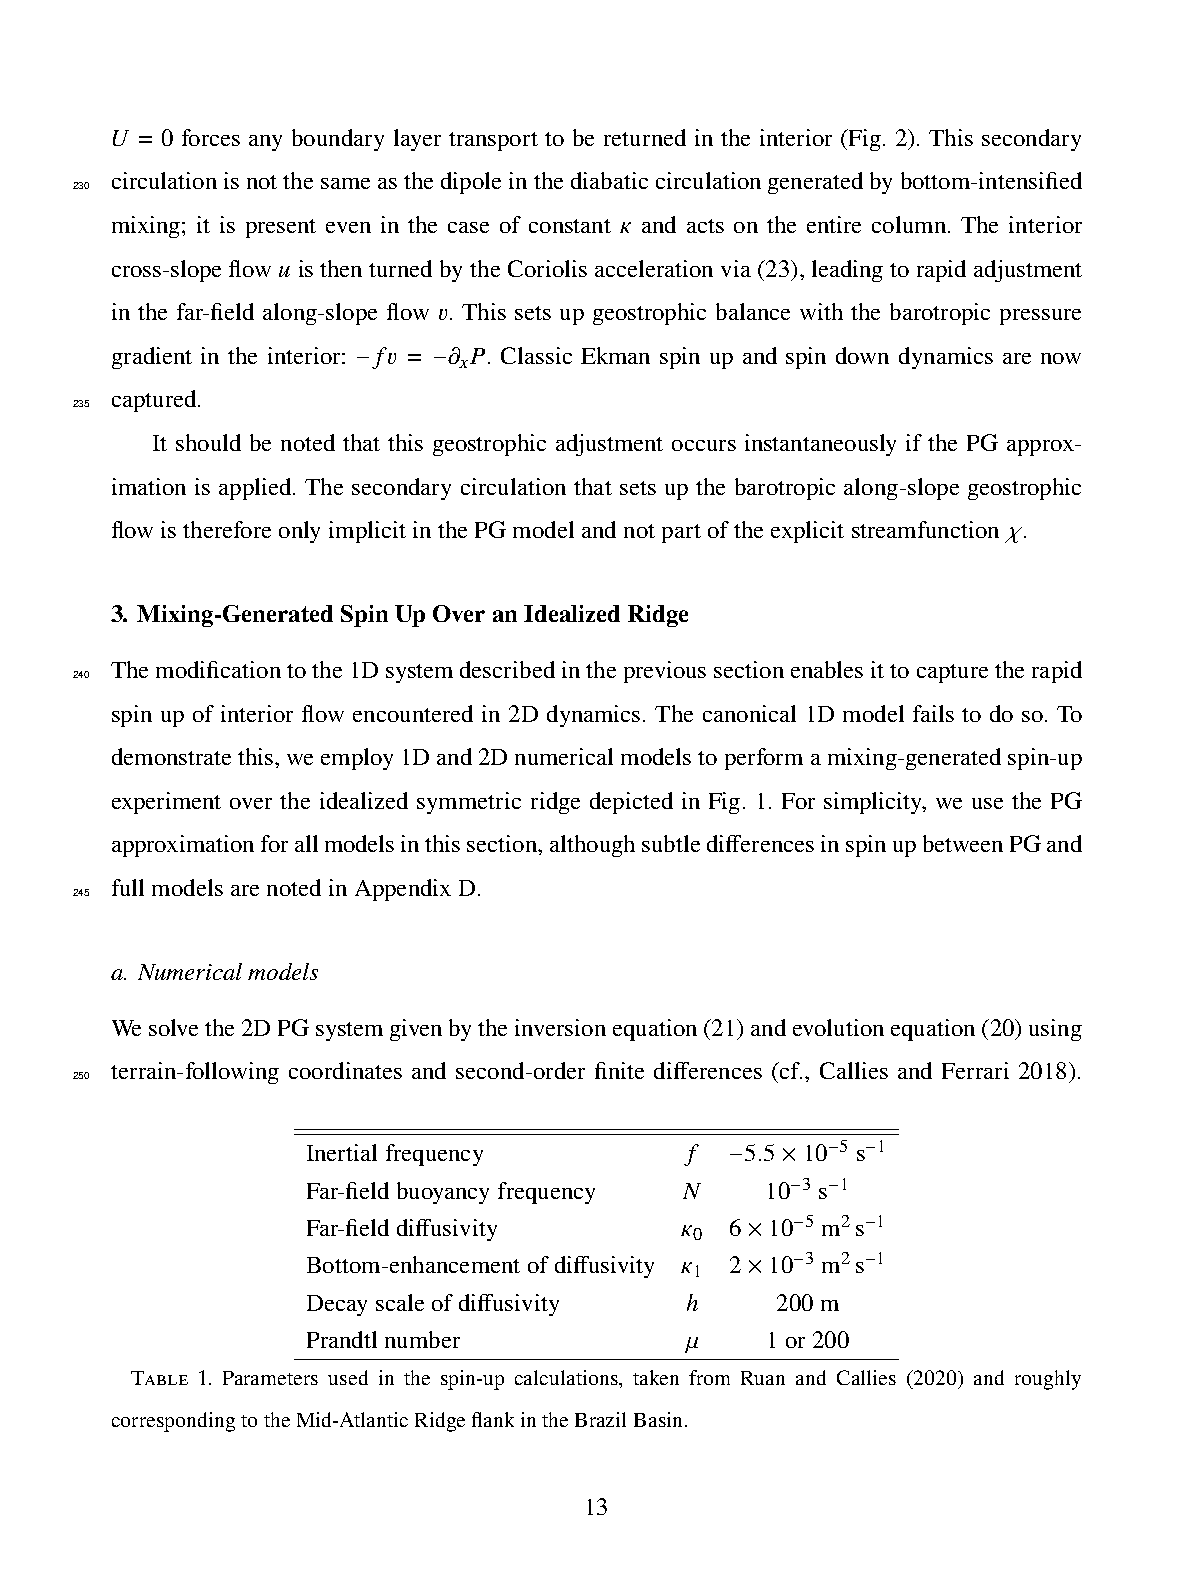
𝑈 = 0 forces any boundary layer transport to be returned in the interior (Fig. 2). This secondary
 circulationisnotthesameasthedipoleinthediabaticcirculationgeneratedbybottom-intensified
 230
 mixing; it is present even in the case of constant 𝜅 and acts on the entire column. The interior
 cross-slopeflow𝑢 isthenturnedbytheCoriolisaccelerationvia(23),leadingtorapidadjustment
 in the far-field along-slope flow 𝑣. This sets up geostrophic balance with the barotropic pressure
 gradient in the interior: 𝑓𝑣 = 𝜕 𝑃. Classic Ekman spin up and spin down dynamics are now
 𝑥
 −    −
 captured.
 235
 It should be noted that this geostrophic adjustment occurs instantaneously if the PG approx-
 imation is applied. The secondary circulation that sets up the barotropic along-slope geostrophic
 flowisthereforeonlyimplicitinthePGmodelandnotpartoftheexplicitstreamfunction 𝜒.
 3. Mixing-GeneratedSpinUpOveranIdealizedRidge
 Themodificationtothe1Dsystemdescribedintheprevioussectionenablesittocapturetherapid
 240
 spin up of interior flow encountered in 2D dynamics. The canonical 1D model fails to do so. To
 demonstratethis,weemploy1Dand2Dnumericalmodelstoperformamixing-generatedspin-up
 experiment over the idealized symmetric ridge depicted in Fig. 1. For simplicity, we use the PG
 approximationforallmodelsinthissection,althoughsubtledifferencesinspinupbetweenPGand
 fullmodelsarenotedinAppendixD.
 245
 a. Numericalmodels
 Wesolvethe2DPGsystemgivenbytheinversionequation(21)andevolutionequation(20)using
 terrain-following coordinates and second-order finite differences (cf., Callies and Ferrari 2018).
 250
 Inertialfrequency         𝑓  5.5 10 5 s 1
 − −
 −   ×
 Far-fieldbuoyancyfrequency 𝑁   10 3 s 1
 −  −
 Far-fielddiffusivity     𝜅  6  10 5 m2s 1
 0     −    −
 ×
 Bottom-enhancementofdiffusivity 𝜅 2 10 3 m2s 1
 1     −    −
 ×
 Decayscaleofdiffusivity  ℎ     200m
 Prandtlnumber            𝜇     1or200
 Table 1. Parameters used in the spin-up calculations, taken from Ruan and Callies (2020) and roughly
 correspondingtotheMid-AtlanticRidgeflankintheBrazilBasin.
 13